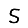
Digit: 5